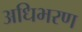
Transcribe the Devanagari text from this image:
अधिभरण